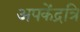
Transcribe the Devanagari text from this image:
अपकेंद्रत्रि